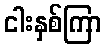
ငါးနှစ်ကြာ